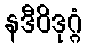
နဒီဝိဒုဂ္ဂံ